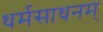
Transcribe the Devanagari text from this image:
धर्मसाधनम्